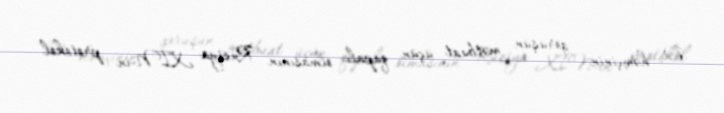
O, həmçinin görüşün mətbuat üçün qapalı olmasının Rusiya XİN-in protokol